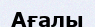
Ағалы